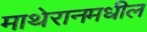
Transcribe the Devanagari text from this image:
माथेरानमधील